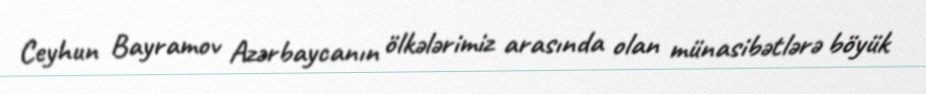
Ceyhun Bayramov Azərbaycanın ölkələrimiz arasında olan münasibətlərə böyük